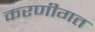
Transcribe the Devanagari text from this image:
करणीगत